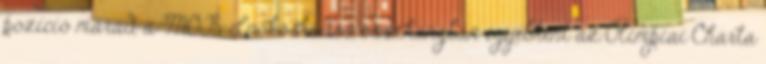
pozíció marad a MOB-elnökösködés, összhangban egyébként az Olimpiai Charta